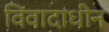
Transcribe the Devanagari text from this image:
विवादाधीन